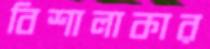
বিশালাকার